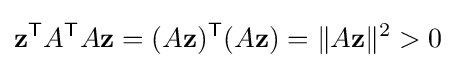
\mathbf {z} ^{\mathsf {T}}A^{\mathsf {T}}A\mathbf {z} =(A\mathbf {z} )^{\mathsf {T}}(A\mathbf {z} )=\|A\mathbf {z} \|^{2}>0